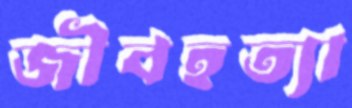
জীবহত্যা